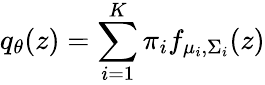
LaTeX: q_{\theta}(z)=\sum_{i=1}^{K}\pi_{i}f_{\mu_{i},\Sigma_{i}}(z)